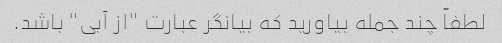
لطفاً چند جمله بیاورید که بیانگر عبارت "از آبی" باشد.